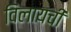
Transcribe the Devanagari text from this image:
विलायची